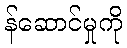
န်ဆောင်မှုကို